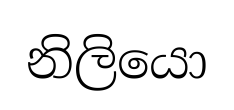
නිලියො